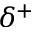
\delta ^ { + }